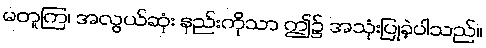
မတူကြ၊ အလွယ်ဆုံး နည်းကိုသာ ဤ၌ အသုံးပြုခဲ့ပါသည်။